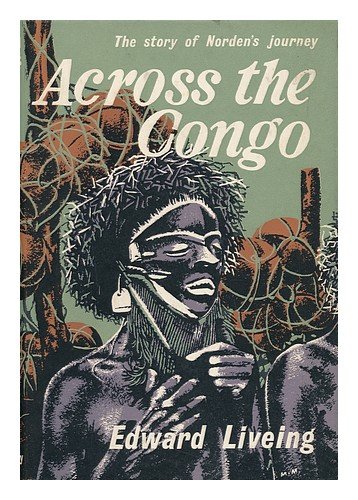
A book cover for Across the Congo: The Story of Norden's Journey; Edward G. D Liveing; Travel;